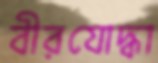
বীরযোদ্ধা